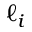
\ell _ { i }